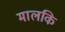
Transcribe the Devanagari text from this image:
मालकि